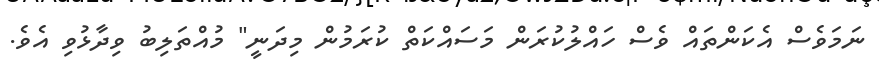
ނަމަވެސް އެކަންތައް ވެސް ހައްލުކުރަން މަސައްކަތް ކުރަމުން މިދަނީ" މުއްތަލިބު ވިދާޅުވި އެވެ.